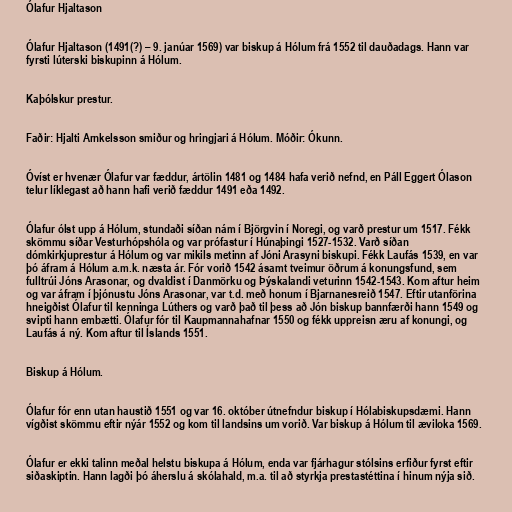
Ólafur Hjaltason

Ólafur Hjaltason (1491(?) – 9. janúar 1569) var biskup á Hólum frá 1552 til dauðadags. Hann var
fyrsti lúterski biskupinn á Hólum.

Kaþólskur prestur.

Faðir: Hjalti Arnkelsson smiður og hringjari á Hólum. Móðir: Ókunn.

Óvíst er hvenær Ólafur var fæddur, ártölin 1481 og 1484 hafa verið nefnd, en Páll Eggert Ólason
telur líklegast að hann hafi verið fæddur 1491 eða 1492.

Ólafur ólst upp á Hólum, stundaði síðan nám í Björgvin í Noregi, og varð prestur um 1517. Fékk
skömmu síðar Vesturhópshóla og var prófastur í Húnaþingi 1527-1532. Varð síðan
dómkirkjuprestur á Hólum og var mikils metinn af Jóni Arasyni biskupi. Fékk Laufás 1539, en var
þó áfram á Hólum a.m.k. næsta ár. Fór vorið 1542 ásamt tveimur öðrum á konungsfund, sem
fulltrúi Jóns Arasonar, og dvaldist í Danmörku og Þýskalandi veturinn 1542-1543. Kom aftur heim
og var áfram í þjónustu Jóns Arasonar, var t.d. með honum í Bjarnanesreið 1547. Eftir utanförina
hneigðist Ólafur til kenninga Lúthers og varð það til þess að Jón biskup bannfærði hann 1549 og
svipti hann embætti. Ólafur fór til Kaupmannahafnar 1550 og fékk uppreisn æru af konungi, og
Laufás á ný. Kom aftur til Íslands 1551.

Biskup á Hólum.

Ólafur fór enn utan haustið 1551 og var 16. október útnefndur biskup í Hólabiskupsdæmi. Hann
vígðist skömmu eftir nýár 1552 og kom til landsins um vorið. Var biskup á Hólum til æviloka 1569.

Ólafur er ekki talinn meðal helstu biskupa á Hólum, enda var fjárhagur stólsins erfiður fyrst eftir
siðaskiptin. Hann lagði þó áherslu á skólahald, m.a. til að styrkja prestastéttina í hinum nýja sið.